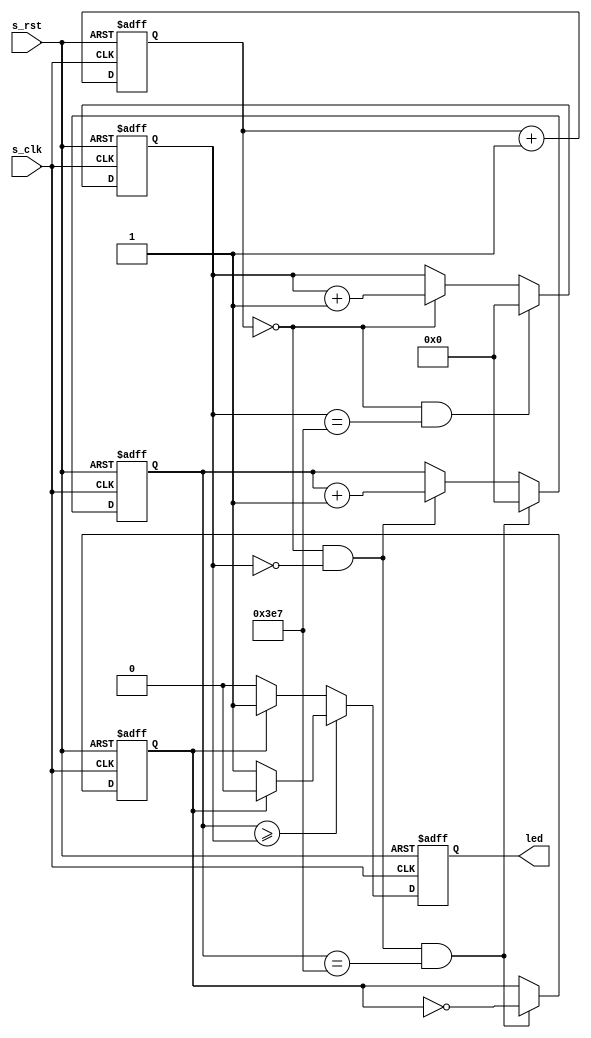
// 

module led_breath(
    input s_clk,
    input s_rst,
    output  reg    led
);


/*
localparam DELAY_1us = 'd3;
localparam K = 'd10;
*/

localparam DELAY_1us = 'd33_333_333;
localparam K = 'd1000;

reg flag; // 
reg [ 6:0] cnt;
reg [ 9:0] cnt_1us; // 1us 1mspwm
reg [ 9:0] cnt_1ms;

// 1us 
always @(posedge s_clk or negedge s_rst) begin
    if(s_rst == 1'b0) 
        cnt = 1'b0;
    else if(cnt == DELAY_1us)
        cnt = 1'b0;
    else
        cnt = cnt + 1'b1;
end

// 1us 
always @(posedge s_clk or negedge s_rst) begin
    if(s_rst == 1'b0)
        cnt_1us = 1'b0;
    else if(cnt==1'b0 && (cnt_1us == K-1))
        cnt_1us = 1'b0;
    else if(cnt == 1'b0)
        cnt_1us = cnt_1us + 1'b1;
end

// 1ms 
always @(posedge s_clk or negedge s_rst) begin
    if(s_rst == 1'b0) begin
        cnt_1ms = 1'b0;
        flag = 1'b0;
    end else if(cnt==1'b0 && (cnt_1us==1'b0) && (cnt_1ms == K-1)) begin
        cnt_1ms = 1'b0;
        flag = ~flag;
    end else if(cnt==1'b0 && cnt_1us == 1'b0)
        cnt_1ms = cnt_1ms + 1'b1;
    else
        ;
end

// led
always @(posedge s_clk or negedge s_rst) begin
    if(s_rst == 1'b0) begin
        led <= 1'b1;
    end
    /*
    else if(cnt_1ms == 1'b0) begin
        led <= flag==1'b1 ? 1'b1 : 1'b0;
    end
    */
    else if(cnt_1ms >= cnt_1us) begin
        led <= flag==1'b1 ? 1'b0 : 1'b1;
    end else
        led <= flag==1'b1 ? 1'b1 : 1'b0;
    
end

endmodule